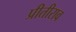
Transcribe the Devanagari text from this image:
प्रीतीराव